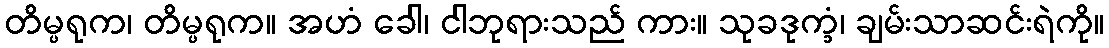
တိမ္ပရုက၊ တိမ္ပရုက။ အဟံ ခေါ၊ ငါဘုရားသည် ကား။ သုခဒုက္ခံ၊ ချမ်းသာဆင်းရဲကို။